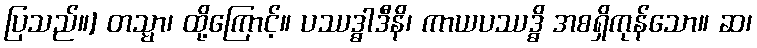
ပြသည်။] တသ္မာ၊ ထို့ကြောင့်။ ပဿဒ္ဓါဒီနိ၊ ကာယပဿဒ္ဓိ အစရှိကုန်သော။ ဆ၊